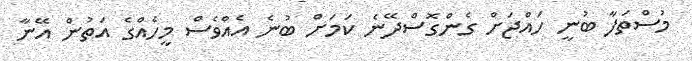
މުސްތަފާ ބުނީ ހައްޖަށް ގެންގޮސްދޭނެ ކަމަށް ބުނެ އެއްވެސް މީހެއްގެ އަތުން އޭނާ